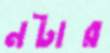
নটার